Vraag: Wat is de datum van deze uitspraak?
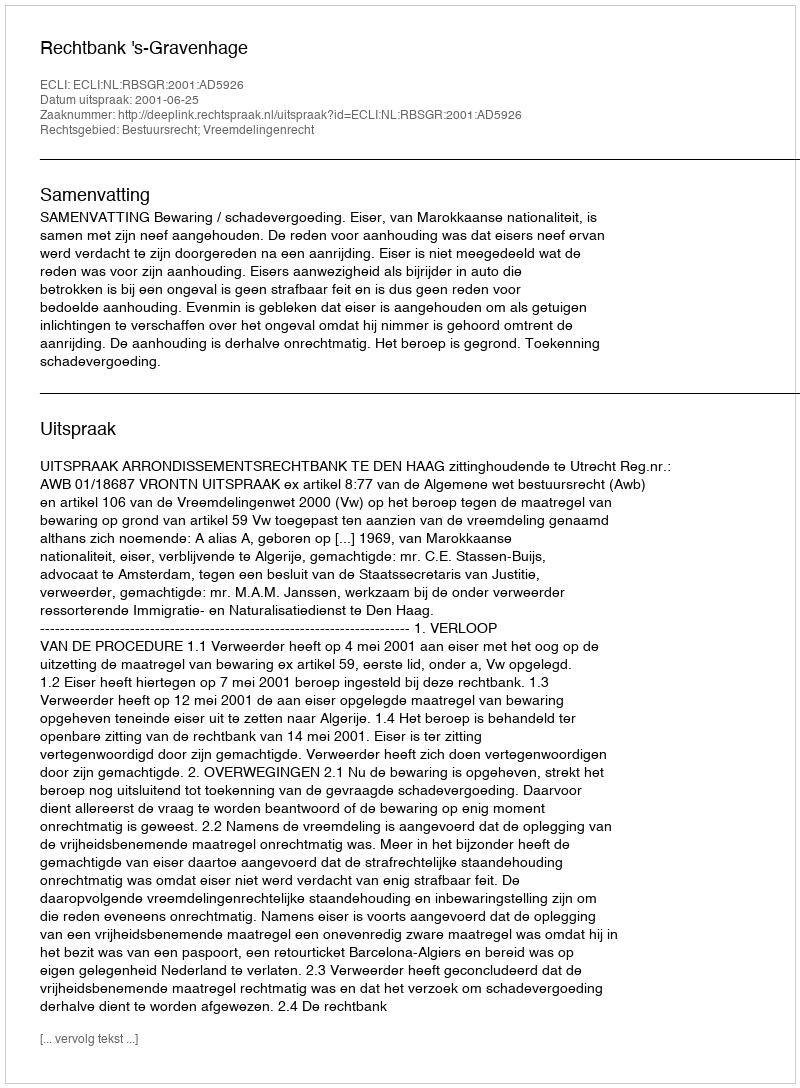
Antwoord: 2001-06-25